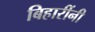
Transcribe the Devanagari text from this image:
बिहारींनी